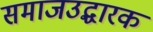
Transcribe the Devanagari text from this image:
समाजउद्धारक